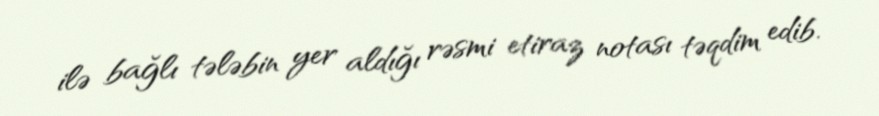
ilə bağlı tələbin yer aldığı rəsmi etiraz notası təqdim edib.